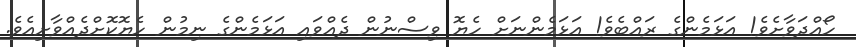
ހޯއްދަވާށެވެ! އަޅަމެންގެ ރައްބެވެ! އަޅަމެންނަށް ހެޔޮ ވިސްނުން ދެއްވައި އަޅަމެންގެ ނިމުން ހެޔޮކޮށްދެއްވާށިއެވެ.